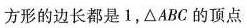
方形的边长都是1，\bigtriangleup ABC的顶点